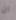
ان